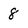
Character: 8